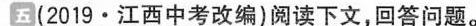
五(2019·江百中考改编)阅读下文，回答问题。